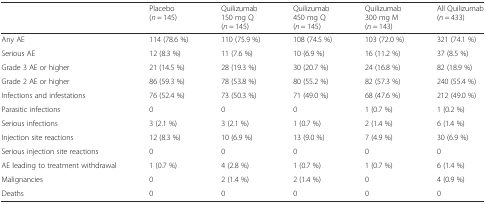
<table><thead><tr><td></td><td><b>Placebo(<i>n</i> = 145)</b></td><td><b>Quilizumab150 mg Q(<i>n</i> = 145)</b></td><td><b>Quilizumab450 mg Q(<i>n</i> = 145)</b></td><td><b>Quilizumab300 mg M(<i>n</i> = 143)</b></td><td><b>All Quilizumab(<i>n</i> = 433)</b></td></tr></thead><tbody><tr><td>Any AE</td><td>114 (78.6 %)</td><td>110 (75.9 %)</td><td>108 (74.5 %)</td><td>103 (72.0 %)</td><td>321 (74.1 %)</td></tr><tr><td>Serious AE</td><td>12 (8.3 %)</td><td>11 (7.6 %)</td><td>10 (6.9 %)</td><td>16 (11.2 %)</td><td>37 (8.5 %)</td></tr><tr><td>Grade 3 AE or higher</td><td>21 (14.5 %)</td><td>28 (19.3 %)</td><td>30 (20.7 %)</td><td>24 (16.8 %)</td><td>82 (18.9 %)</td></tr><tr><td>Grade 2 AE or higher</td><td>86 (59.3 %)</td><td>78 (53.8 %)</td><td>80 (55.2 %)</td><td>82 (57.3 %)</td><td>240 (55.4 %)</td></tr><tr><td>Infections and infestations</td><td>76 (52.4 %)</td><td>73 (50.3 %)</td><td>71 (49.0 %)</td><td>68 (47.6 %)</td><td>212 (49.0 %)</td></tr><tr><td>Parasitic infections</td><td>0</td><td>0</td><td>0</td><td>1 (0.7 %)</td><td>1 (0.2 %)</td></tr><tr><td>Serious infections</td><td>3 (2.1 %)</td><td>3 (2.1 %)</td><td>1 (0.7 %)</td><td>2 (1.4 %)</td><td>6 (1.4 %)</td></tr><tr><td>Injection site reactions</td><td>12 (8.3 %)</td><td>10 (6.9 %)</td><td>13 (9.0 %)</td><td>7 (4.9 %)</td><td>30 (6.9 %)</td></tr><tr><td>Serious injection site reactions</td><td>0</td><td>0</td><td>0</td><td>0</td><td>0</td></tr><tr><td>AE leading to treatment withdrawal</td><td>1 (0.7 %)</td><td>4 (2.8 %)</td><td>1 (0.7 %)</td><td>1 (0.7 %)</td><td>6 (1.4 %)</td></tr><tr><td>Malignancies</td><td>0</td><td>2 (1.4 %)</td><td>2 (1.4 %)</td><td>0</td><td>4 (0.9 %)</td></tr><tr><td>Deaths</td><td>0</td><td>0</td><td>0</td><td>0</td><td>0</td></tr></tbody></table>